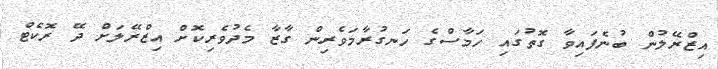
އިޒްރޭލުން ބުނެފައިވާ ގޮތުގައި ހަމާސްގެ ހަނގުރާމަވެރިން ގާޒާ މެދުވެރިކޮށް އިޒްރޭލަށް ދޭ ރޮކެޓް